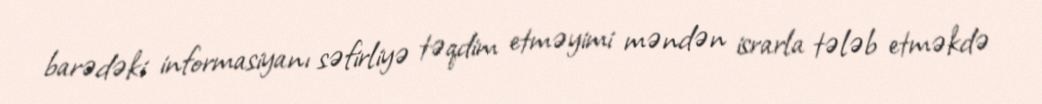
barədəki informasiyanı səfirliyə təqdim etməyimi məndən israrla tələb etməkdə